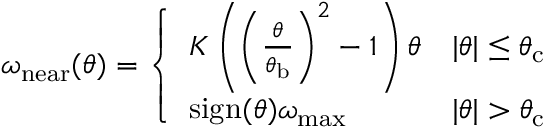
\omega _ { \mathrm { n e a r } } ( \theta ) = \left\{ \begin{array} { l l } { K \left( \left( \frac { \theta } { \theta _ { \mathrm { b } } } \right) ^ { 2 } - 1 \right) \theta } & { | \theta | \leq \theta _ { \mathrm { c } } } \\ { \mathrm { s i g n } ( \theta ) \omega _ { \mathrm { m a x } } } & { | \theta | > \theta _ { \mathrm { c } } } \end{array} \right.